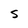
Character: S